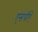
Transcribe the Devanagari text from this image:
एसपीऐ